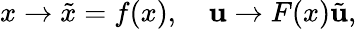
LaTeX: x\to\tilde{x}=f(x),\quad{\mathbf u}\to F(x)\tilde{\mathbf u},